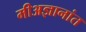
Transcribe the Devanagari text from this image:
मीअज्ञानांत